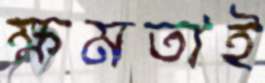
ক্ষমতাই